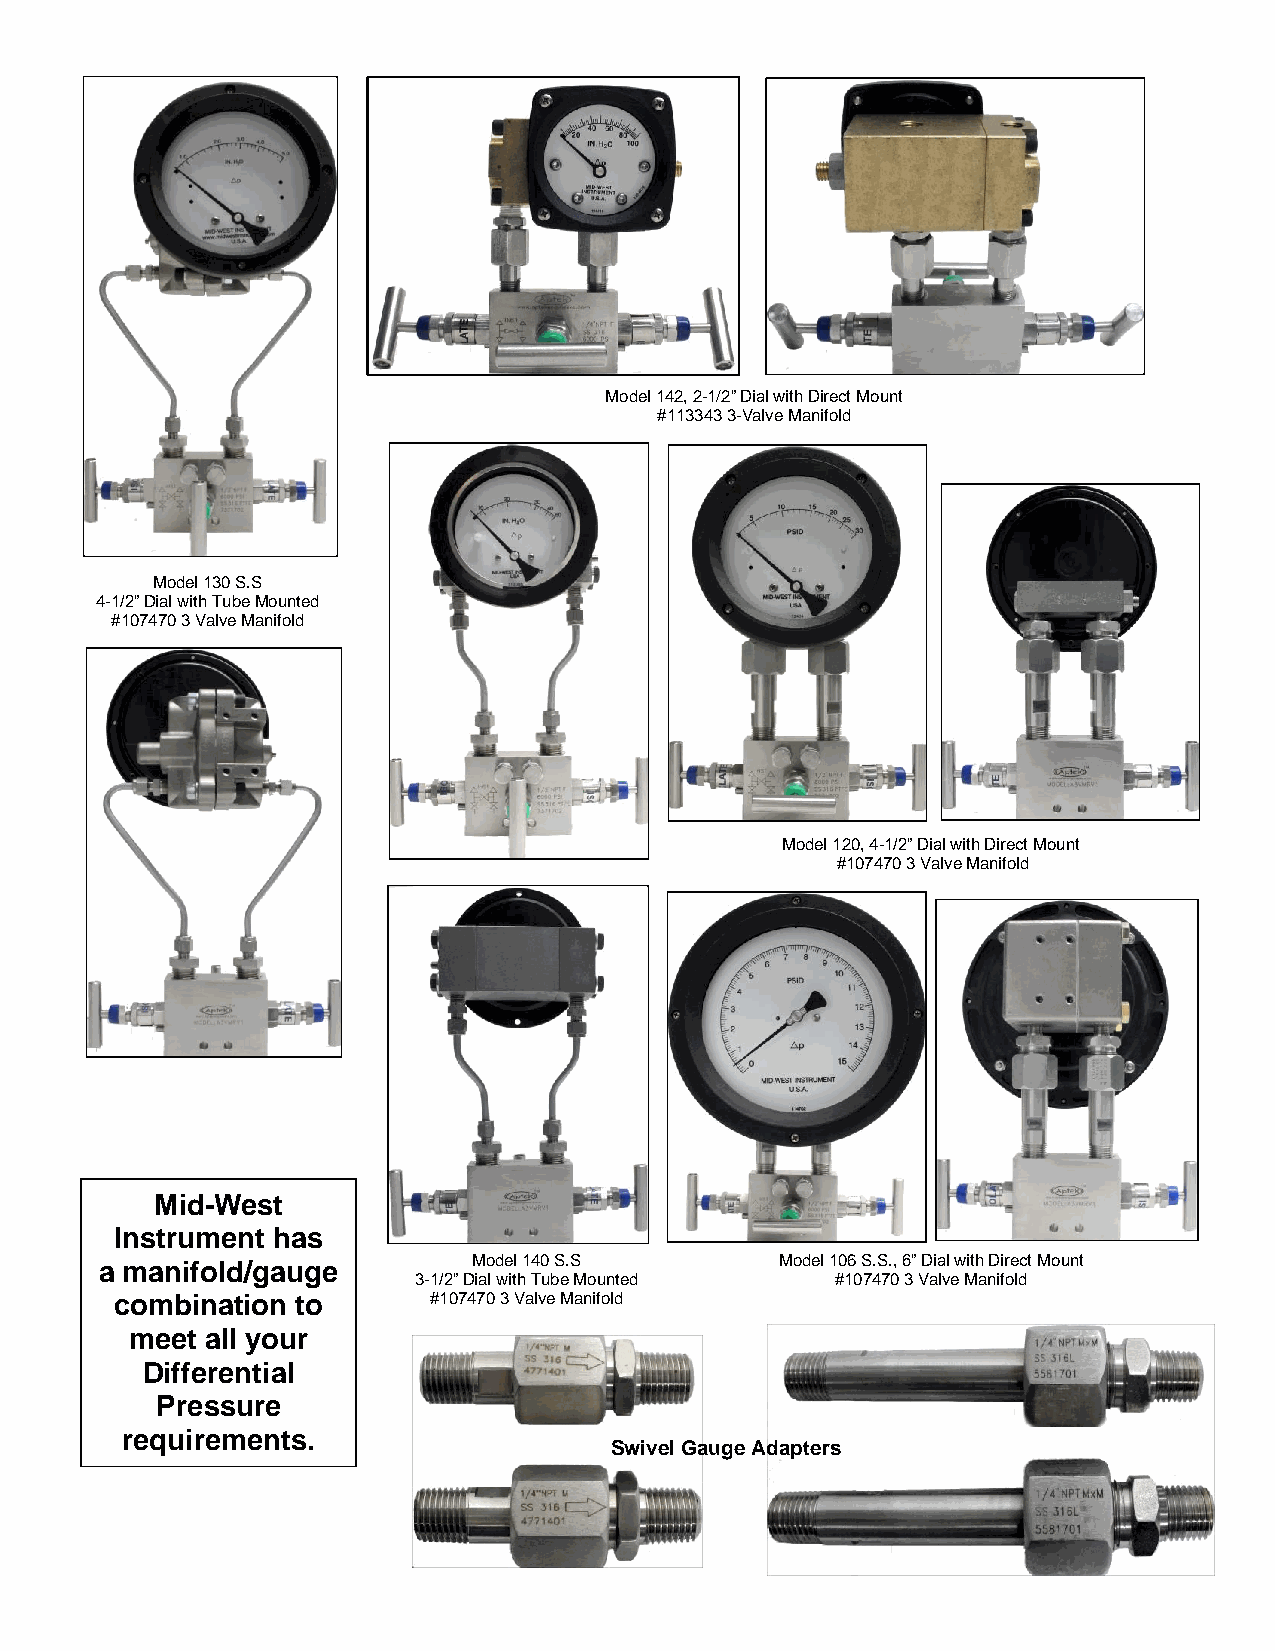
Model 142, 2-1/2” Dial with Direct Mount
 #113343 3-Valve Manifold
 Model 130 S.S
 4-1/2” Dial with Tube Mounted
 #107470 3 Valve Manifold
 Model 120, 4-1/2” Dial with Direct Mount
 #107470 3 Valve Manifold
 Mid -West
 Instrument has
 a mani fold/gauge       Model 140 S.S        Model 106 S.S., 6” Dial with Direct Mount
 3-1/2” Dial with Tube Mounted #107470 3 Valve Manifold
 combination to      #107470 3 Valve Manifold
 meet all your
 Diff erential
 Pre ssure
 requirements.
 Swivel Gauge Adapters